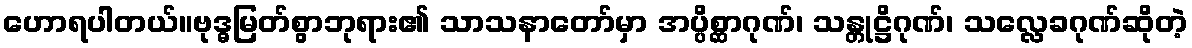
ဟောရပါတယ်။ဗုဒ္ဓမြတ်စွာဘုရား၏ သာသနာတော်မှာ အပ္ပိစ္ဆာဂုဏ်၊ သန္တုဋ္ဌိဂုဏ်၊ သလ္လေခဂုဏ်ဆိုတဲ့